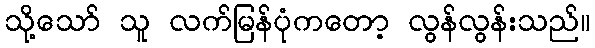
သို့သော် သူ လက်မြန်ပုံကတော့ လွန်လွန်းသည်။